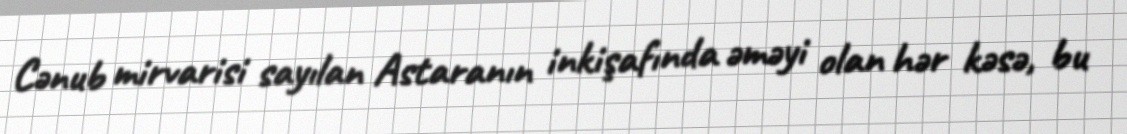
Cənub mirvarisi sayılan Astaranın inkişafında əməyi olan hər kəsə, bu